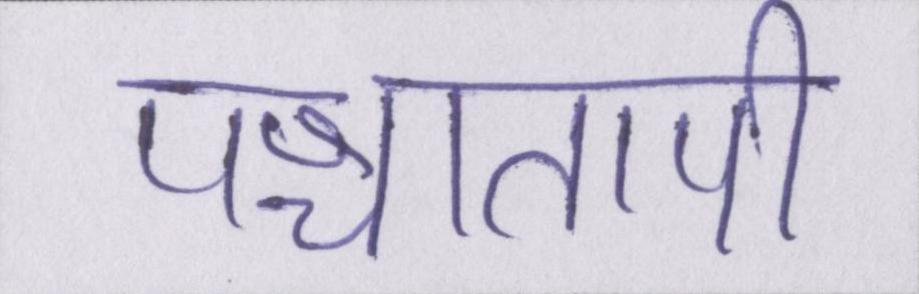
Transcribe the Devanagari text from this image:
पश्चातापी